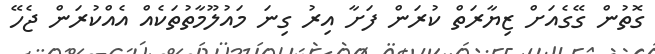
ގޮތުން ގޭގެއަށް ޒިޔާރަތް ކުރަން ފަށާ އިރު ގިނަ މައުލޫމާތުތަކެއް އެއްކުރަން ޖެހޭ